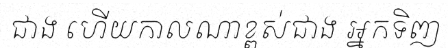
ជាង ហើយកាលណាខ្ពស់ជាង អ្នកទិញ